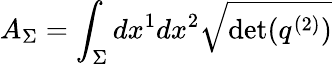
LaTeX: A_{\Sigma}=\int_{\Sigma}dx^{1}dx^{2}{\sqrt{\operatorname*{det}(q^{(2)})}}